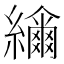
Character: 𦆤